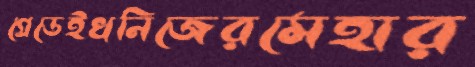
গ্রেডেইখনিজেরমেহার